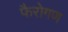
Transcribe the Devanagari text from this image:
फैरोगण